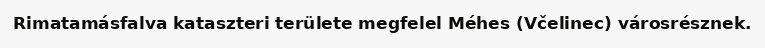
Rimatamásfalva kataszteri területe megfelel Méhes (Včelinec) városrésznek.